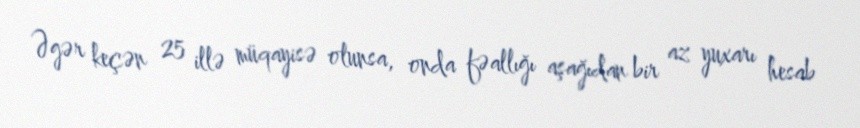
Əgər keçən 25 illə müqayisə olunsa, onda fəallığı aşağıdan bir az yuxarı hesab